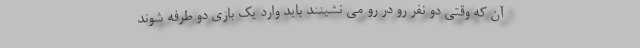
آن که وقتی دو نفر رو در رو می نشینند باید وارد یک بازی دو طرفه شوند